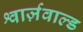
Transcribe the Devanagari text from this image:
श्वार्ज़वाल्ड